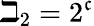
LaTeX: \beth_{2}=2^{\mathfrak{c}}